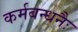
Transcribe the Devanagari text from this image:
कर्मबन्धनैः